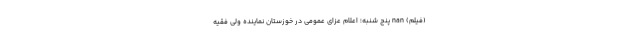
(فیلم) nan پنج شنبه؛ اعلام عزای عمومی در خوزستان نماینده ولی فقیه